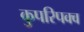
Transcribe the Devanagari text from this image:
कुपरिपक्व